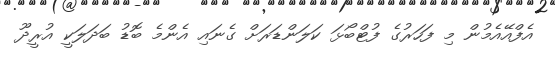
އެފްއޭއެމުން މި ފަހަރުގެ ފުޓްބޯޅަ ކަލަންޑަރަށް ގެނައި އެންމެ ބޮޑު ބަދަލަކީ އުރީދޫ